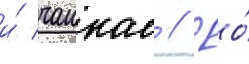
и́ чанкае // Ео́